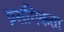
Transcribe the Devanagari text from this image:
प्रसंगिकता